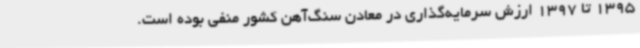
1395 تا 1397 ارزش سرمایه‌گذاری در معادن سنگ‌آهن کشور منفی بوده است.